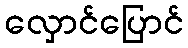
လှောင်ပြောင်